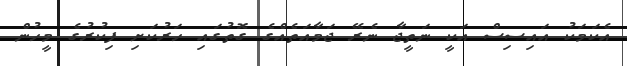
އެކަމަކު އައިސިސް އަކީ ނަތީޖާ ނެރޭ ޖަމާއަތެއްގެ ގޮތުގައި ހަރުކަށި ފިކުރުގެ މީހުން